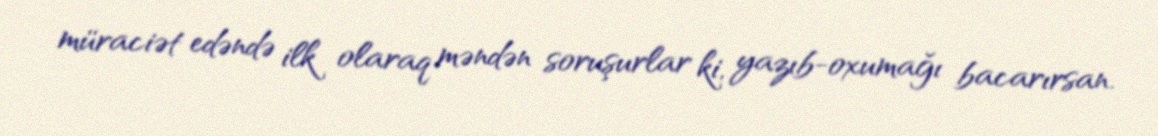
müraciət edəndə ilk olaraq məndən soruşurlar ki, yazıb-oxumağı bacarırsan.